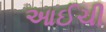
આઈચી